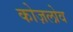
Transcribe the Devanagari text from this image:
कोज़लोव